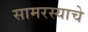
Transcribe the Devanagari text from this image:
सामरस्याचे